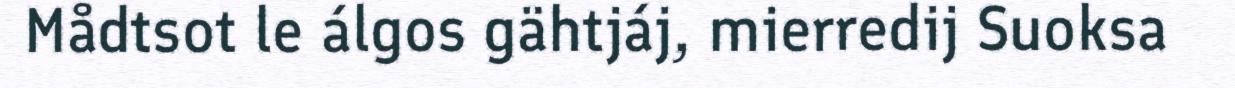
Mådtsot le álgos gähtjáj, mierredij Suoksa